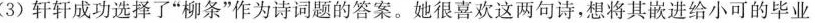
(3)轩轩成功选择了”柳条”作为诗词题的答案。她很喜欢这两句诗，想将其嵌进给小可的毕业